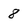
Character: 8